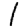
Digit: 1